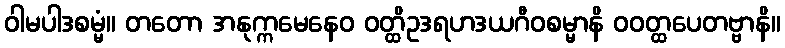
ဝါမပါဒစမ္မံ။ တတော အနုက္ကမေနေဝ ဝတ္ထိဥဒရဟဒယဂီဝစမ္မာနိ ဝဝတ္ထပေတဗ္ဗာနိ။